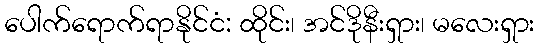
ပေါက်ရောက်ရာနိုင်ငံ: ထိုင်း၊ အင်ဒိုနီးရှား၊ မလေးရှား